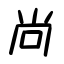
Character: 尚